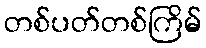
တစ်ပတ်တစ်ကြိမ်